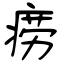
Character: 痨